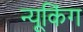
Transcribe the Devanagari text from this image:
न्यूकिंग